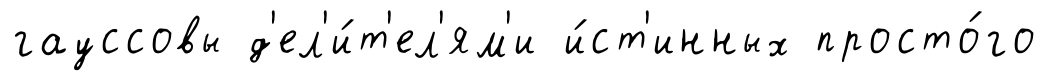
гауссовы д'ел'и́т'ел'ям'и и́ст'инных просто́го